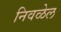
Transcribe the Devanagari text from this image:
निवळेल